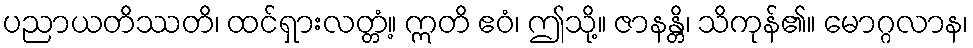
ပညာယတိဿတိ၊ ထင်ရှားလတ္တံ့။ ဣတိ ဧဝံ၊ ဤသို့။ ဇာနန္တိ၊ သိကုန်၏။ မောဂ္ဂလာန၊